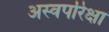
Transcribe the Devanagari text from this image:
अस्वपरिक्षा